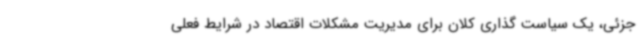
جزئی، یک سیاست گذاری کلان برای مدیریت مشکلات اقتصاد در شرایط فعلی